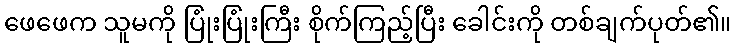
ဖေဖေက သူမကို ပြုံးပြုံးကြီး စိုက်ကြည့်ပြီး ခေါင်းကို တစ်ချက်ပုတ်၏။